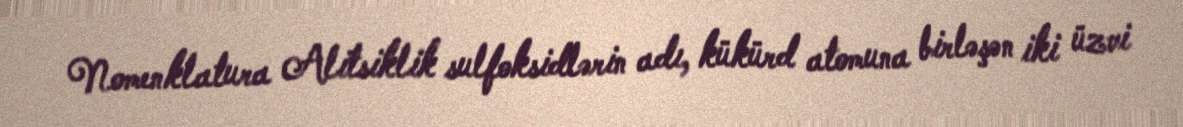
Nomenklatura Alitsiklik sulfoksidlərin adı, kükürd atomuna birləşən iki üzvi